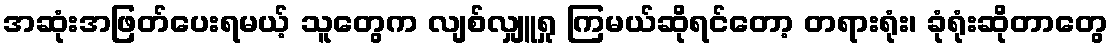
အဆုံးအဖြတ်ပေးရမယ့် သူတွေက လျစ်လျှူရှု ကြမယ်ဆိုရင်တော့ တရားရုံး၊ ခုံရုံးဆိုတာတွေ